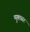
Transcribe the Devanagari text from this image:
मुख्तसर